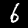
Digit: 6